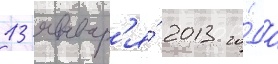
13 январ'я́ 2013 го́да